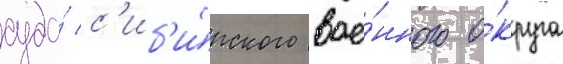
суда́ с'иб'и́рского вое́нного о́круга